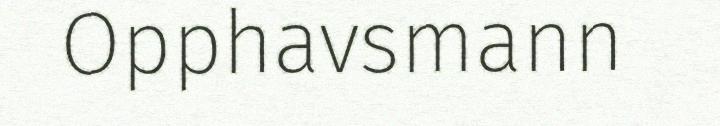
Opphavsmann